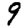
Digit: 9